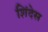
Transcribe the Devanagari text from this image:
शिंदेस